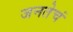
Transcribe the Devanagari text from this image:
जनतेचं